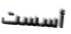
أسست